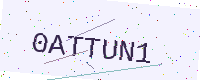
Text: 0ATTUN1